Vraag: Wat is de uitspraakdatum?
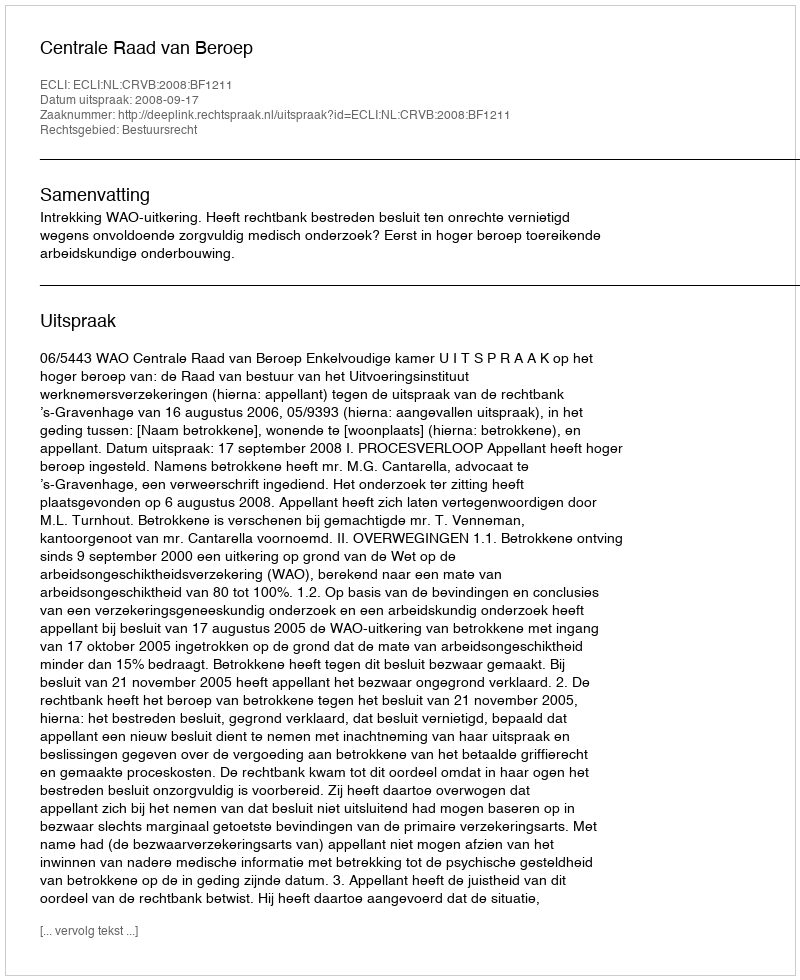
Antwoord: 2008-09-17